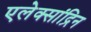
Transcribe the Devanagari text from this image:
एलेक्सांद्रिन